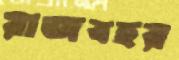
রাজবহর